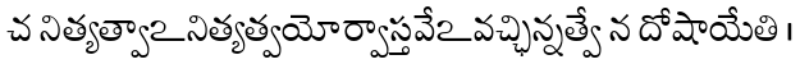
చ నిత్యత్వాఽనిత్యత్వయోర్వాస్తవేఽవచ్ఛిన్నత్వే న దోషాయేతి ।